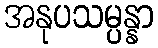
အနုပသမ္ပန္နာ